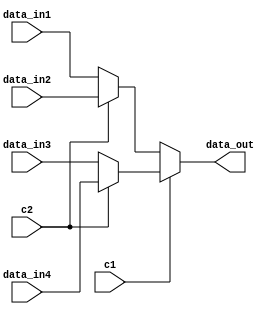
`timescale 1ns / 1ps
//////////////////////////////////////////////////////////////////////////////////
// Company: 
// Engineer: 
// 
// Design Name: 
// Module Name: MUX4
// Project Name: 
// Target Devices: 
// Tool Versions: 
// Description: 
// 
// Dependencies: 
// 
// Revision:
// Revision 0.01 - File Created
// Additional Comments:
// 
//////////////////////////////////////////////////////////////////////////////////


module MUX4(
input [31:0] data_in1,
input [31:0] data_in2,
input [31:0] data_in3,
input [31:0] data_in4,
input c1,
input c2,
output [31:0] data_out
    );
    
    assign data_out=c1?(c2?data_in4:data_in3):(c2?data_in2:data_in1);

endmodule